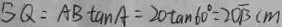
B Q = A B \tan A = 2 0 \tan 6 0 ^ { \circ } = 2 0 \sqrt { 3 } c m